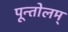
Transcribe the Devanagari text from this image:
पून्तोलम्